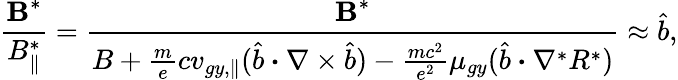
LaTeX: \frac{\textbf{B}^{*}}{B_{\parallel}^{*}}=\frac{\textbf{B}^{*}}{B+\frac{m}{e}c{v}_{gy,\parallel}(\hat{b}\boldsymbol{\cdot}\nabla\times\hat{b})-\frac{mc^{2}}{e^{2}}\mu_{gy}(\hat{b}\boldsymbol{\cdot}\nabla^{*}R^{*})}\approx\hat{b},